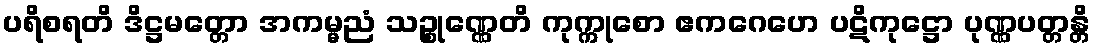
ပရိစရတိ ဒိဋ္ဌမတ္တော အကမ္မညံ သဉ္စုဏ္ဏေတိ ကုက္ကုစော ဧကဂေဟေ ပဋိကုဋ္ဌော ပုဏ္ဏပတ္တန္တိ